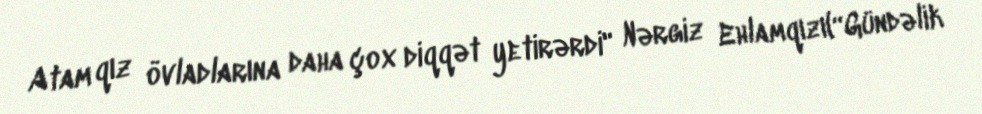
Atam qız övladlarına daha çox diqqət yetirərdi" Nərgiz Ehlamqızı(“Gündəlik